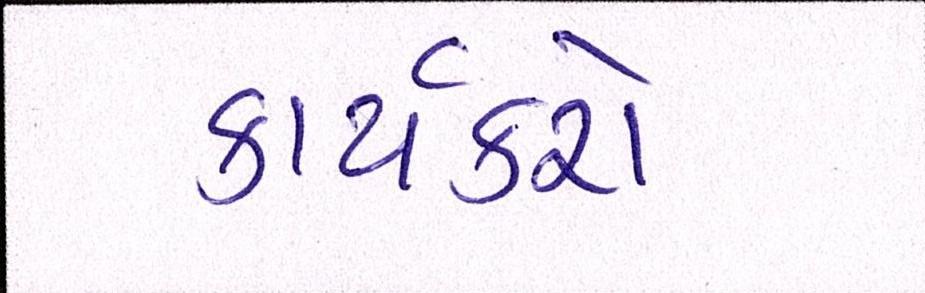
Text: કાર્યકરો